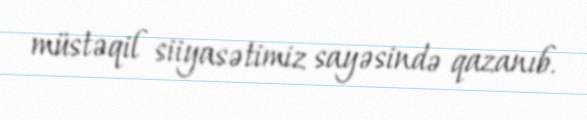
müstəqil siiyasətimiz sayəsində qazanıb.